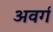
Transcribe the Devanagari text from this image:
अवर्ग